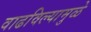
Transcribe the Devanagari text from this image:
वाढविल्यामुळे